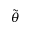
\tilde { \theta }